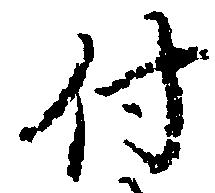
付